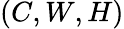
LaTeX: (C,W,H)